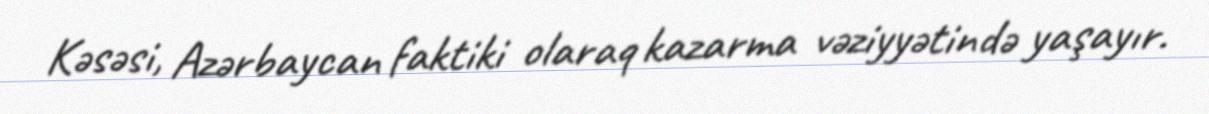
Kəsəsi, Azərbaycan faktiki olaraq kazarma vəziyyətində yaşayır.